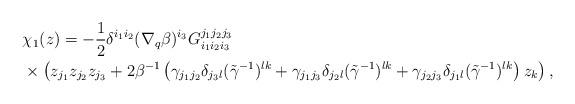
LaTeX: \begin{align*}&\chi_1(z)=-\frac{1}{2}\delta^{i_1i_2}(\nabla_q\beta)^{i_3} G_{i_1i_2i_3}^{j_1j_2j_3} \\&\times \left(z_{j_1}z_{j_2}z_{j_3}+2\beta^{-1}\left(\gamma_{j_1j_2}\delta_{j_3l}(\tilde\gamma^{-1})^{lk} +\gamma_{j_1j_3}\delta_{j_2l}( \tilde\gamma^{-1} )^{lk}+\gamma_{j_2j_3}\delta_{j_1l}(\tilde\gamma^{-1})^{lk}\right)z_k \right),\end{align*}